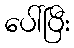
ပေါ်ပြီး